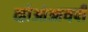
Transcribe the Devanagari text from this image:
व्हीओआयपी